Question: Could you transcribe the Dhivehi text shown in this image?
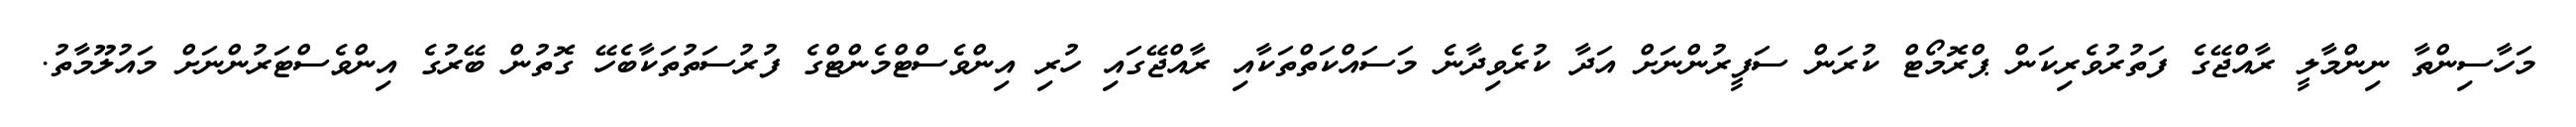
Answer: މަހާސިންތާ ނިންމާލީ ރާއްޖޭގެ ފަތުރުވެރިކަން ޕްރޮމޯޓް ކުރަން ސަފީރުންނަށް އަދާ ކުރެވިދާނެ މަސައްކަތްތަކާއި ރާއްޖޭގައި ހުރި އިންވެސްޓްމެންޓްގެ ފުރުސަތުތަކާބެހޭ ގޮތުން ބޭރުގެ އިންވެސްޓަރުންނަށް މައުލޫމާތު.